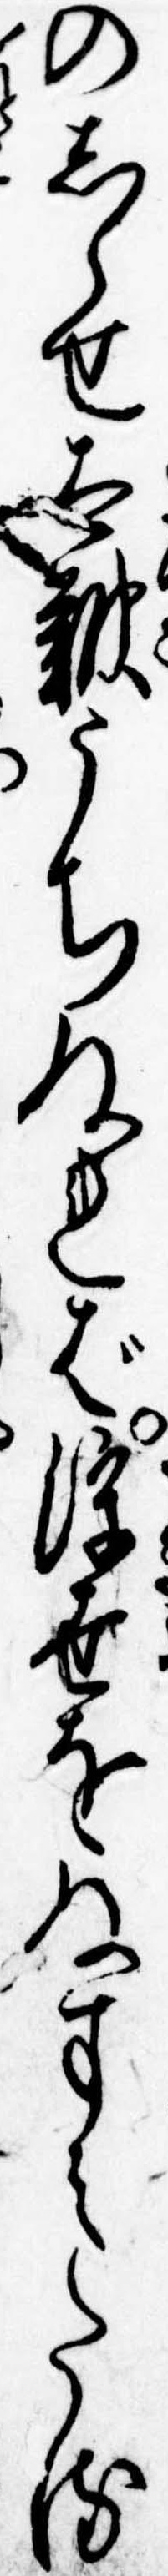
のしらせ太鼓うちければ浮世をぬすみたる